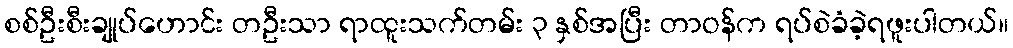
စစ်ဦးစီးချုပ်ဟောင်း တဦးသာ ရာထူးသက်တမ်း ၃ နှစ်အပြီး တာဝန်က ရပ်စဲခံခဲ့ရဖူးပါတယ်။